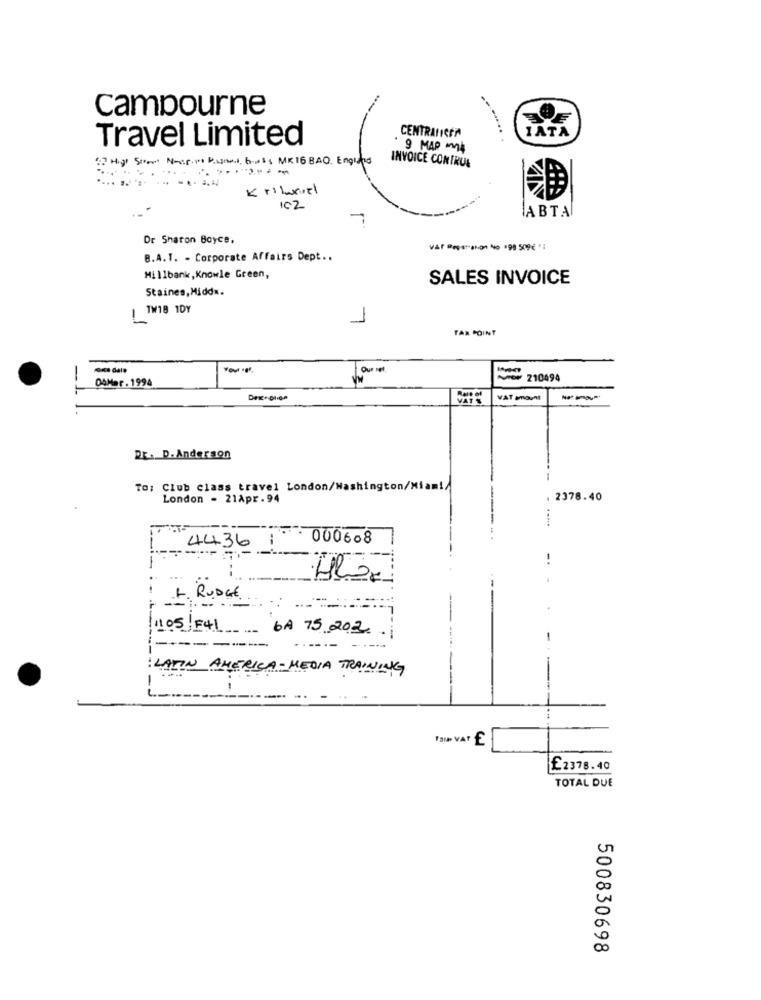
campourne
CENTRANICER
IATA
Travel Limited
9 MAP Inn
52 High Street Noir.1 Bagnos, bass MR 16 BAO. England
-------
INVOICE CONTRUE
Krilarval
102
ABTA
Dr Sharon Boyce,
VAR Post-skon No 198 509€ '1
B.A.T. - Corporate Affairs Dept ..
Millbank, Knowle Green,
SALES INVOICE
Staines, Midda.
TW18 1DY
!
1
TAR POINT
Your Igf.
-
04Mar . 1994
210494
VAT amount
Dr. D. Anderson
To: Club class travel London/Washington/Miami/
London - 21Apr . 94
2378.40
-
: 000608
4436
-
1105 F41 6A 75.202.
--------
: LATIN AMERICA- MEDIA TRAINING
FOND VATE
£2378.40
TOTAL DUE
500830698